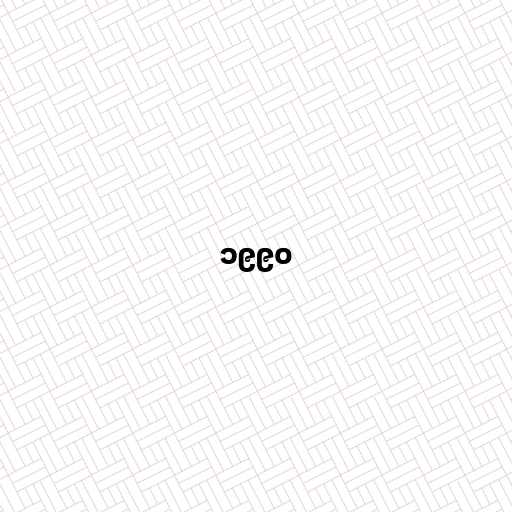
၁၉၉၀